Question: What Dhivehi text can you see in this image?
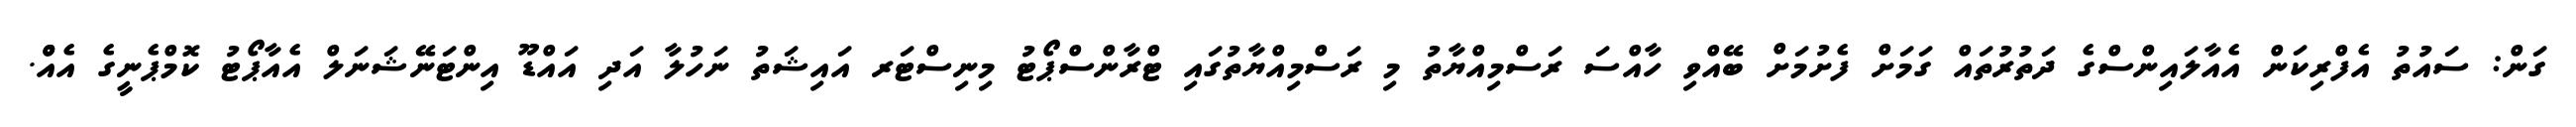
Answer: ގަން: ސައުތު އެފްރިކަން އެއާލައިންސްގެ ދަތުރުތައް ގަމަށް ފެށުމަށް ބޭއްވި ހާއްސަ ރަސްމިއްޔާތު މި ރަސްމިއްޔާތުގައި ޓްރާންސްޕޯޓު މިނިސްޓަރ އައިޝަތު ނަހުލާ އަދި އައްޑޫ އިންޓަނޭޝަނަލް އެއާޕޯޓު ކޮމްޕެނީގެ އެއްް.